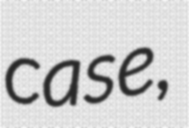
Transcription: case,